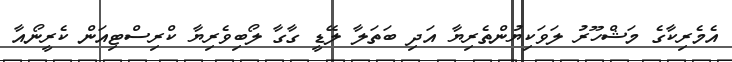
އެމެރިކާގެ މަޝްހޫރު ލަވަކިޔުންތެރިޔާ އަދި ބަތަލާ ލޭޑީ ގާގާ ލޯބިވެރިޔާ ކްރިސްޓިއަން ކެރީނޯއާ